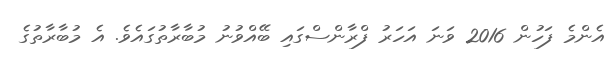
އެންމެ ފަހުން 2016 ވަނަ އަހަރު ފްރާންސްގައި ބޭއްވުނު މުބާރާތުގައެވެ. އެ މުބާރާތުގެ